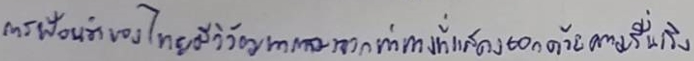
การฟ้อนรำของไทยมีวิวัฒนาการมาจากท่าทางที่แสดงออกด้วยความรื่นเริงบันเทิงใจ